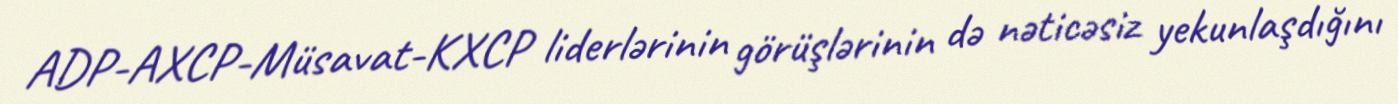
ADP-AXCP-Müsavat-KXCP liderlərinin görüşlərinin də nəticəsiz yekunlaşdığını